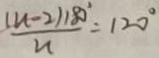
\frac { ( n - 2 ) 1 8 0 ^ { \circ } } { n } = 1 2 0 ^ { \circ }